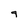
Character: 9